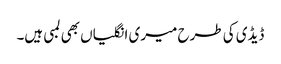
ڈیڈی کی طرح میری انگلیاں بھی لمبی ہیں۔